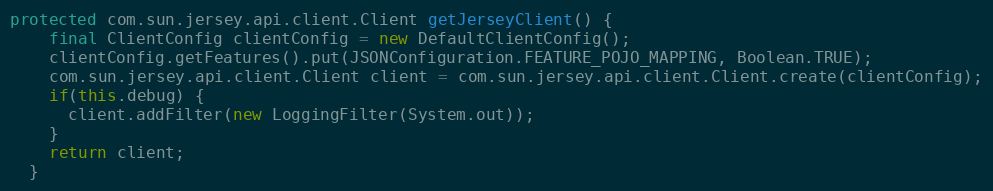
Language: Java
protected com.sun.jersey.api.client.Client getJerseyClient() {
    final ClientConfig clientConfig = new DefaultClientConfig();
    clientConfig.getFeatures().put(JSONConfiguration.FEATURE_POJO_MAPPING, Boolean.TRUE);
    com.sun.jersey.api.client.Client client = com.sun.jersey.api.client.Client.create(clientConfig);
    if(this.debug) {
      client.addFilter(new LoggingFilter(System.out));
    }
    return client;
  }